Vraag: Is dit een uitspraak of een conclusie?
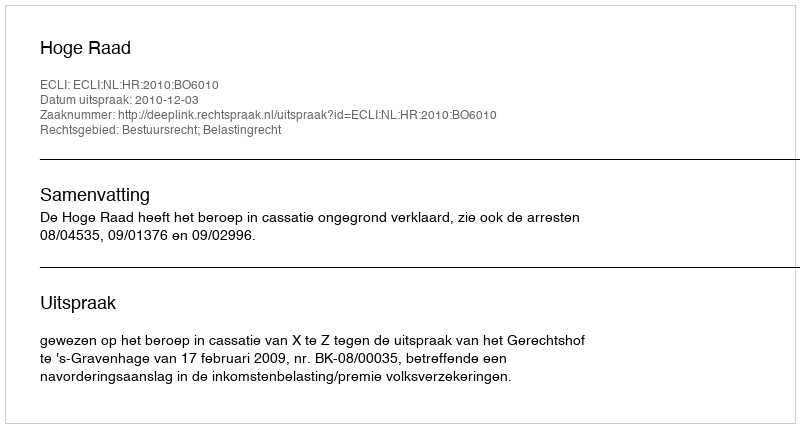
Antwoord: Uitspraak